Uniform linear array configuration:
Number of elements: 16
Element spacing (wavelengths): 0.75
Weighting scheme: exponential
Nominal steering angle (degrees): -60
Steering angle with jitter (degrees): -61.804
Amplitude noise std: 0.05
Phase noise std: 0.05

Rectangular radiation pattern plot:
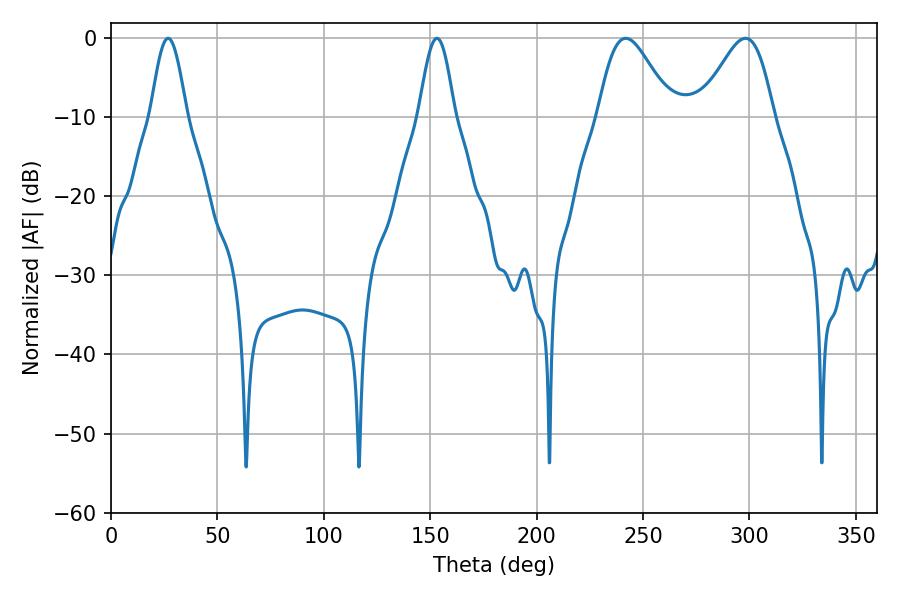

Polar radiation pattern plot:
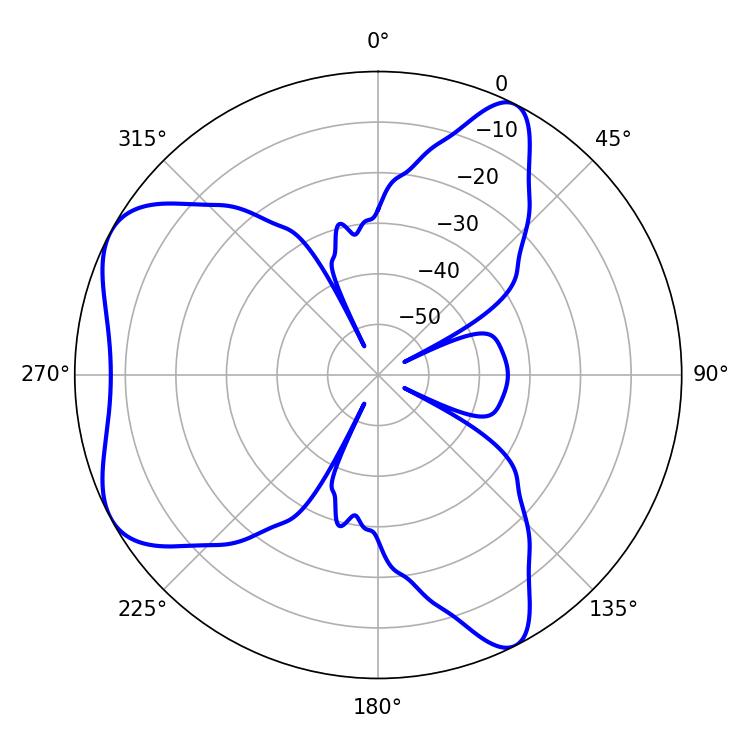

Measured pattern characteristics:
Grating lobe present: TRUE
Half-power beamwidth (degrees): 9
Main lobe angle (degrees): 153.18